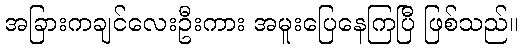
အခြားကချင်လေးဦးကား အမူးပြေနေကြပြီ ဖြစ်သည်။